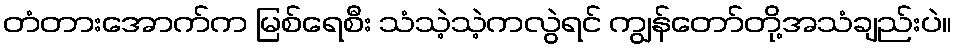
တံတားအောက်က မြစ်ရေစီး သံသဲ့သဲ့ကလွဲရင် ကျွန်တော်တို့အသံချည်းပဲ။